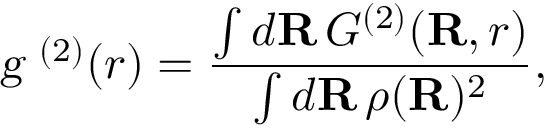
{ \textsl { g } ^ { ( 2 ) } } ( r ) = \frac { \int d \mathbf { R } \, { G ^ { ( 2 ) } } ( \mathbf { R } , r ) } { \int d \mathbf { R } \, \rho ( \mathbf { R } ) ^ { 2 } } ,